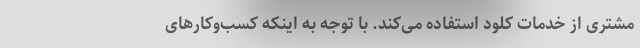
مشتری از خدمات کلود استفاده می‌کند. با توجه به اینکه کسب‌وکارهای